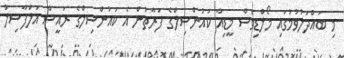
މި ބައްދަލުވުމުގައި މޯލްޑިވްސް މީޑިއާ ކައުންސިލްގެ ފަރާތުން އެ ކައުންސިލްގެ ރައީސް އަލްފާޟިލް